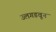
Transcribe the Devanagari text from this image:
उलगडवून